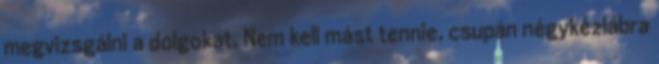
megvizsgálni a dolgokat. Nem kell mást tennie, csupán négykézlábra